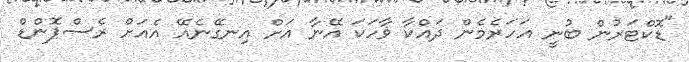
"ޑޮކްޓަރުން ބުނީ އަހަރެމެން ދައްކާ ވާހަކަ އޭނާ އަށް އިނގޭނެއޭ އެއަށް ރެސްޕޮންޑް